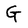
Character: G